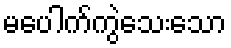
မပေါက်ကွဲသေးသော